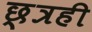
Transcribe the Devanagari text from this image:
छ्त्रही